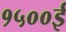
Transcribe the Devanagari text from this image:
१५००ई